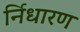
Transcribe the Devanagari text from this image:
र्निधारण